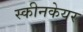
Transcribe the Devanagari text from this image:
स्कीनकेयर